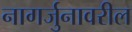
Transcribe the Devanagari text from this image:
नागर्जुनावरील